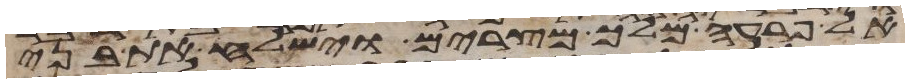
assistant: אל פרעה מלך מצרים וישלח את בני